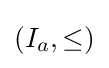
\left(I_{a},\leq \right)